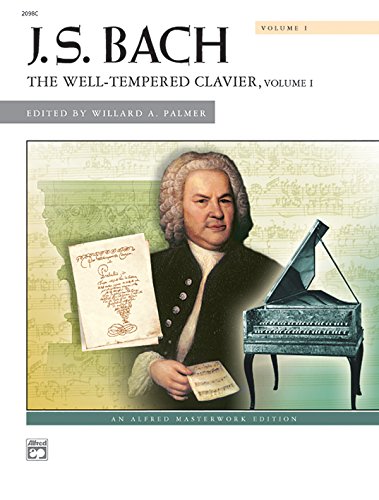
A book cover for Bach -- The Well-Tempered Clavier, Vol 1 (Alfred Masterwork Editions); Humor & Entertainment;